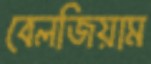
বেলজিয়াম